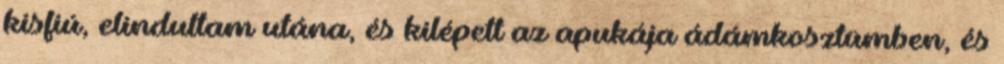
kisfiú, elindultam utána, és kilépett az apukája ádámkosztümben, és